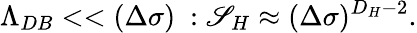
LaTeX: \Lambda_{DB}<<(\Delta\sigma)\ :{\cal\mathscr{S}}_{H}\approx(\Delta\sigma)^{D_{H}-2}.